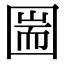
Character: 圌